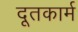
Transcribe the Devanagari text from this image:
दूतकार्म